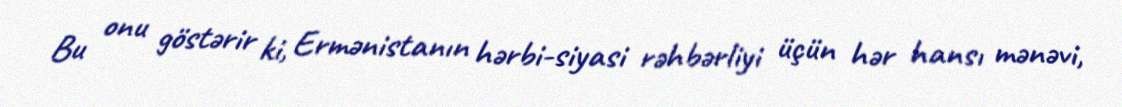
Bu onu göstərir ki, Ermənistanın hərbi-siyasi rəhbərliyi üçün hər hansı mənəvi,